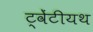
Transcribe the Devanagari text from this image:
ट्वेंटीयथ